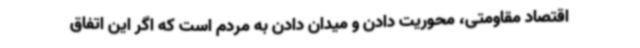
اقتصاد مقاومتی، محوریت دادن و میدان دادن به مردم است که اگر این اتفاق